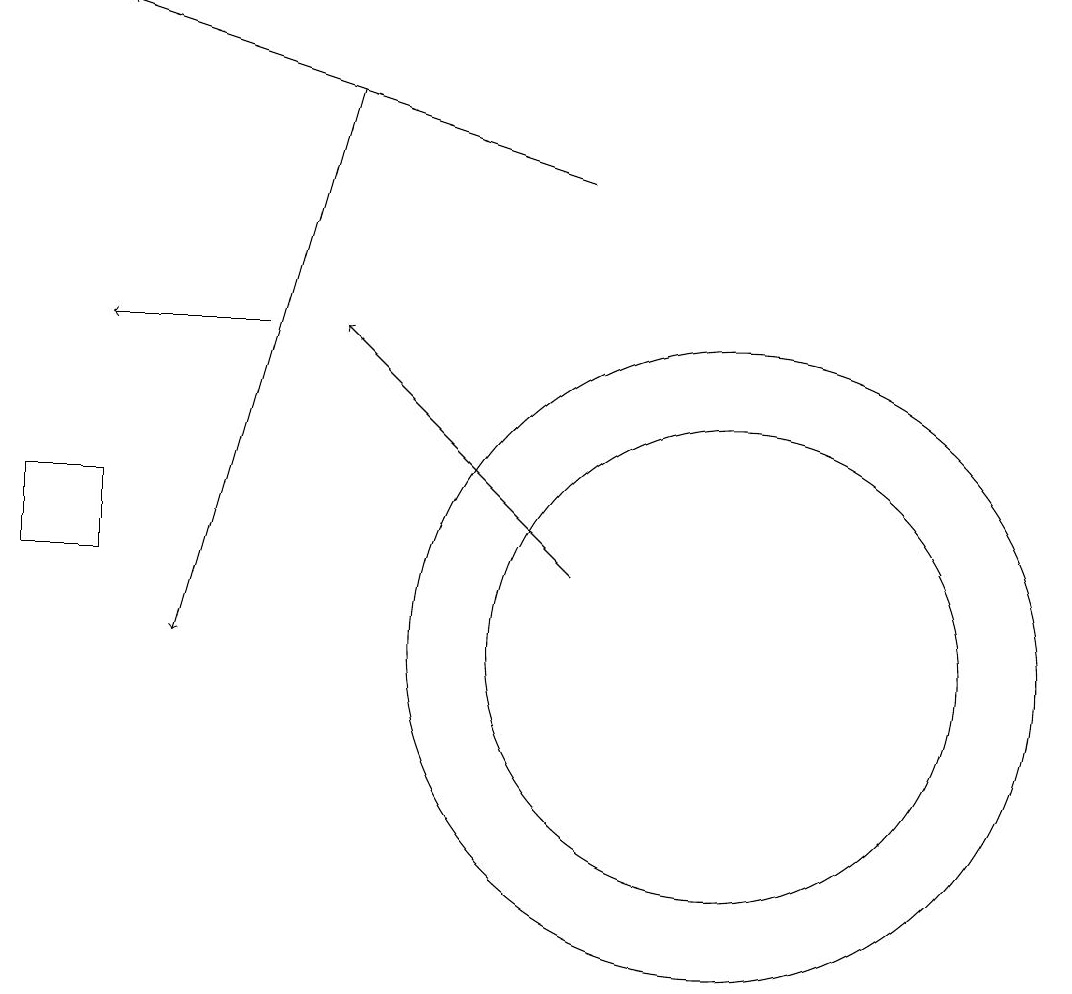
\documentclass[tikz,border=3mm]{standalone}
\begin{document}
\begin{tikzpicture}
\draw[->] (8,17) -- (2,19);
\draw (1,12) rectangle (2,13);
\draw (10,11) circle (4);
\draw (10,11) circle (3);
\draw[->] (4,15) -- (2,15);
\draw[->] (8,12) -- (5,15);
\draw[->] (5,18) -- (3,11);
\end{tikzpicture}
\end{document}